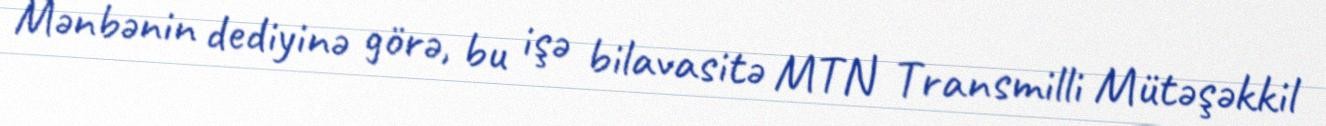
Mənbənin dediyinə görə, bu işə bilavasitə MTN Transmilli Mütəşəkkil